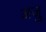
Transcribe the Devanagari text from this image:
अजु